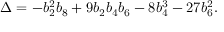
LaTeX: \Delta = - b _ { 2 } ^ { 2 } b _ { 8 } + 9 b _ { 2 } b _ { 4 } b _ { 6 } - 8 b _ { 4 } ^ { 3 } - 2 7 b _ { 6 } ^ { 2 } .